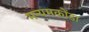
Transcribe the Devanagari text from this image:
मन्यमकोंडा